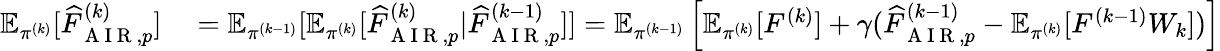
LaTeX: \begin{array}{rl}{\mathbb{E}_{\pi^{(k)}}[\widehat{F}_{\mathrm{~A~I~R~},p}^{(k)}]}&{{}=\mathbb{E}_{\pi^{(k-1)}}[\mathbb{E}_{\pi^{(k)}}[\widehat{F}_{\mathrm{~A~I~R~},p}^{(k)}|\widehat{F}_{\mathrm{~A~I~R~},p}^{(k-1)}]]=\mathbb{E}_{\pi^{(k-1)}}\left[\mathbb{E}_{\pi^{(k)}}[F^{(k)}]+\gamma(\widehat{F}_{\mathrm{~A~I~R~},p}^{(k-1)}-\mathbb{E}_{\pi^{(k)}}[F^{(k-1)}W_{k}])\right]}\end{array}